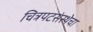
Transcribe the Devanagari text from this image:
चित्रपटसंस्थेचा